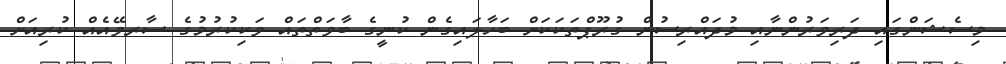
މިސެޝަންގައި ދަރިވަރުންނާއި މުދައްރިސުން ގުރޫޕްތަކަކަށް ބަހާލައިގެން ކުނީގެ ބާވަތްތައް ވަކިކުރުމުގެ ސާރވޭއެއް ކުރިއަށް